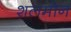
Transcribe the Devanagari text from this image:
शलमोन